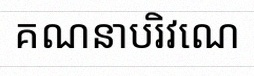
គណនាបរិវេណ